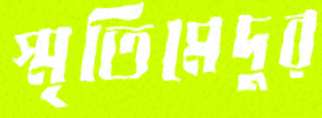
স্মৃতিমেদুর